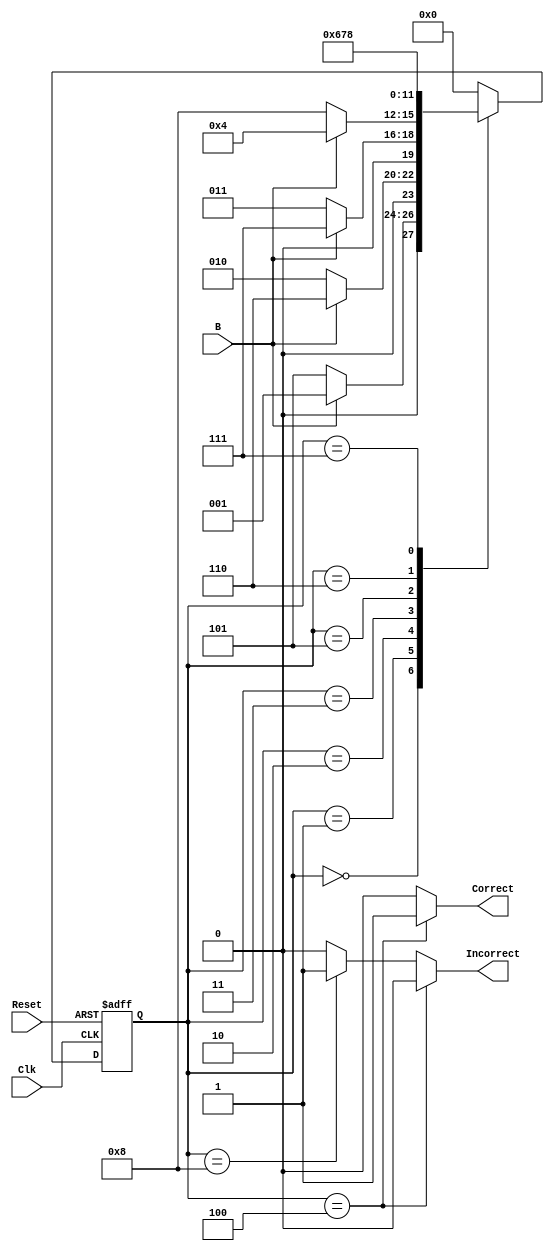
`timescale 1ns / 1ps
//////////////////////////////////////////////////////////////////////////////////
// Company: 
// 
// Design Name: 
// Module Name: Door_Lock_FSM
// Project Name: 
// Target Devices: 
// Tool Versions: 
// Description: 
// 
// Dependencies: 
// 
// Revision:
// Revision 0.01 - File Created
// Additional Comments:
// 
//////////////////////////////////////////////////////////////////////////////////


module Door_Lock_FSM(
    input Clk,
    input Reset,
    input B,
    output reg Correct,
    output reg Incorrect
    );
    
    reg [3:0] present_state, next_state;
    
    parameter S0=4'b0000, S1=4'b0001, S2=4'b0010, S3=4'b0011, S4=4'b0100, E1=4'b0101, E2=4'b0110, E3=4'b0111, E4=4'b1000;
    
    always @ (posedge Clk, posedge Reset)
    begin
    
    if(Reset == 1)
    
    present_state = S0;
    else
    present_state = next_state;
      
    end
    
    always @ (*)
    begin
    
    case(present_state)
    
    S0: if (B==1)
         next_state = S1;
         else
         next_state = E1;
         
    S1:  if (B == 0)
          next_state = S2;
         else
          next_state = E2;
  
    S2:  if (B == 0)
          next_state = S3;
         else
          next_state = E3;
    
    S3:  if (B==1)
           next_state = S4;
         else
           next_state = E4;
           
    S4: next_state = S0;
    
    E1: next_state = E2;
    
    E2: next_state = E3;
    
    E3: next_state = E4;
    
    E4: next_state = S0;
   
    default: next_state = 0;
    
    endcase
    end
    
    
    always @ (present_state)
    begin
    if(present_state == 4)
    begin
    Correct = 1'b1;
    Incorrect = 1'b0;
    end
    
    else if (present_state == E4)
    begin
    Incorrect = 1'b1;
    Correct = 1'b0;
    end
    
    else
    begin
    Correct = 1'b0;
    Incorrect = 1'b0;
    end
    
    end
    
endmodule